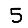
Digit: 5